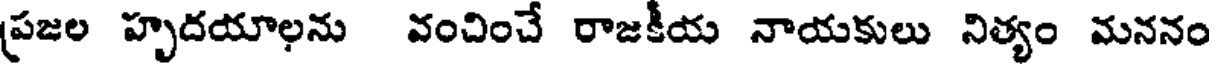
ప్రజల హృదయాలను వంచించే రాజకీయ నాయకులు నిత్యం మననం